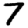
Digit: 7